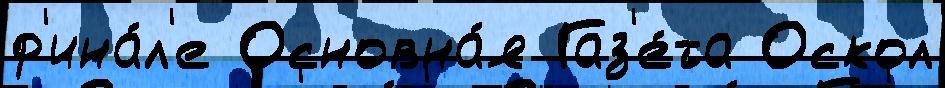
ф'ина́л'е Основна́я Газ'е́та Оскол